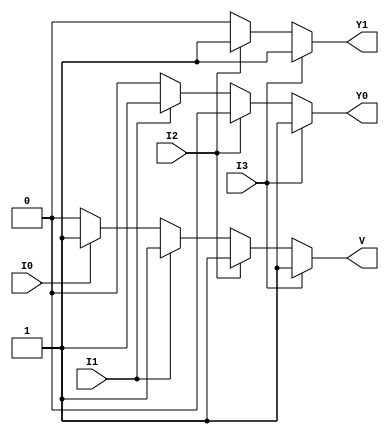
module priority_encoder (
    input wire I0,   // Input 0 (Lowest priority)
    input wire I1,   // Input 1
    input wire I2,   // Input 2
    input wire I3,   // Input 3 (Highest priority)
    output reg Y1,   // Output bit 1
    output reg Y0,   // Output bit 0
    output reg V     // Valid output
);

    always @(*) begin
        // Default values
        Y1 = 0;
        Y0 = 0;
        V = 0;

        // Priority encoding logic
        if (I3) begin
            Y1 = 1;
            Y0 = 1;
            V = 1;
        end else if (I2) begin
            Y1 = 1;
            Y0 = 0;
            V = 1;
        end else if (I1) begin
            Y1 = 0;
            Y0 = 1;
            V = 1;
        end else if (I0) begin
            Y1 = 0;
            Y0 = 0;
            V = 1;
        end else begin
            V = 0; // All inputs are low
        end
    end

endmodule